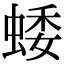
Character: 蜲